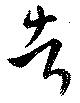
者